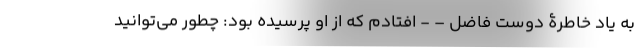
به یاد خاطرۀ دوست فاضل – - افتادم که از او پرسیده بود: چطور می‌توانید